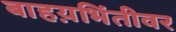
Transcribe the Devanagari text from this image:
बाहय़भिंतीवर